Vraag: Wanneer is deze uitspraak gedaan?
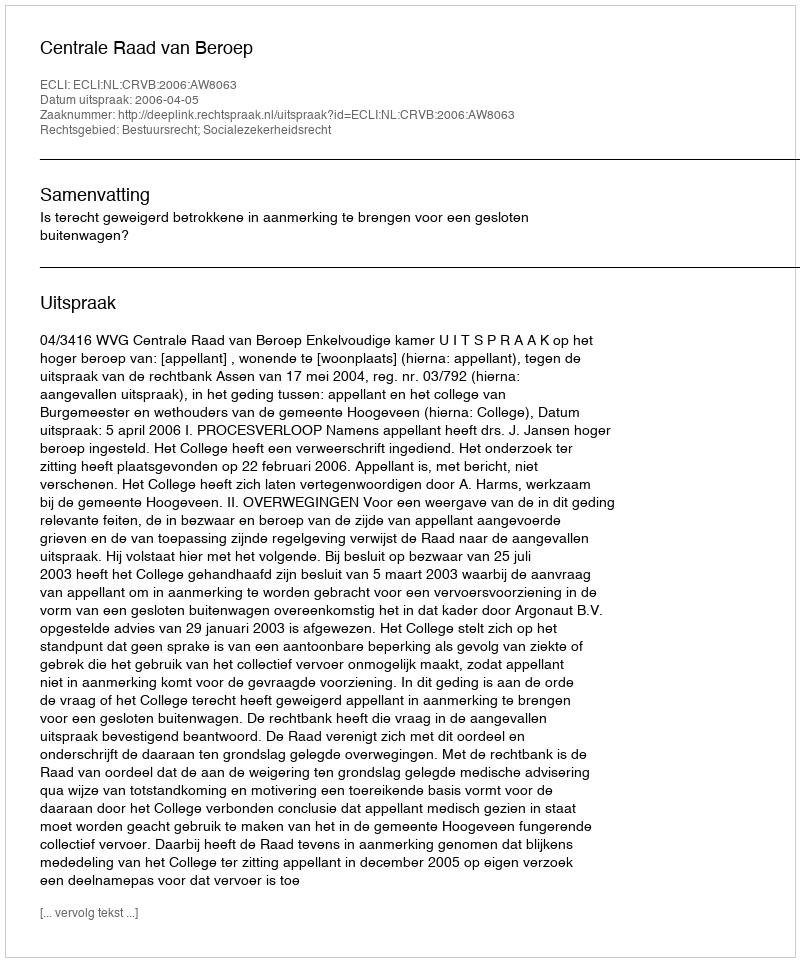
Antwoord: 2006-04-05